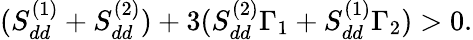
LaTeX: (S_{dd}^{(1)}+S_{dd}^{(2)})+3(S_{dd}^{(2)}\Gamma_{1}+S_{dd}^{(1)}\Gamma_{2})>0.